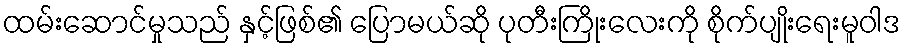
ထမ်းဆောင်မှုသည် နှင့်ဖြစ်၏ ပြောမယ်ဆို ပုတီးကြိုးလေးကို စိုက်ပျိုးရေးမူဝါဒ